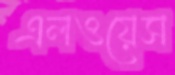
এলওয়েস